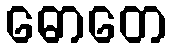
ဓောတေ